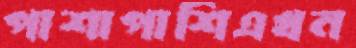
পাশাপাশিএখন